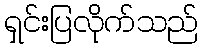
ရှင်းပြလိုက်သည်